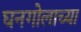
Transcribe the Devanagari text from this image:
घनगोलाच्या